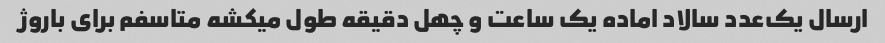
ارسال یک‌عدد سالاد اماده یک ساعت و چهل دقیقه طول میکشه متاسفم برای باروژ